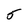
Character: 5